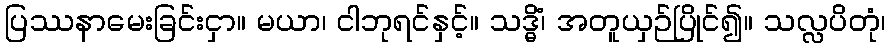
ပြဿနာမေးခြင်းငှာ။ မယာ၊ ငါဘုရင်နှင့်။ သဒ္ဓိံ၊ အတူယှဉ်ပြိုင်၍။ သလ္လပိတုံ၊